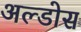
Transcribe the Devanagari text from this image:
अल्डोस